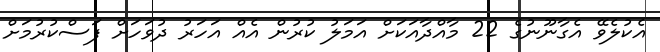
އެކުލެވޭ އެގާނޫނުގެ 22 މާއްދާއަކަށް އަމަލު ކުރުން އެއް އަހަރު ދުވަހަށް ފަސްކުރުމަށް